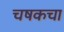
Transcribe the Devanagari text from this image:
चषकचा